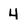
Character: 4